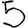
Digit: 5